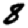
Digit: 8